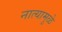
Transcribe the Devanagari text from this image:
नात्यामुळे